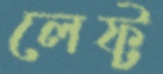
লেফ্ট